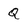
Character: Q